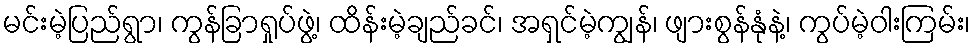
မင်းမဲ့ပြည်ရွာ၊ ကွန်ခြာရှုပ်ဖွဲ့၊ ထိန်းမဲ့ချည်ခင်၊ အရှင်မဲ့ကျွန်၊ ဖျားစွန်နုံနဲ့၊ ကွပ်မဲ့ဝါးကြမ်း၊